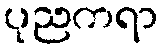
ပုညကရာ